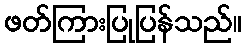
ဖတ်ကြားပြုပြန်သည်။